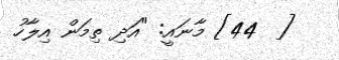
[  44] މާނައީ: "އަދި ތިމަން އިލާހު